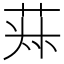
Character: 𦯂